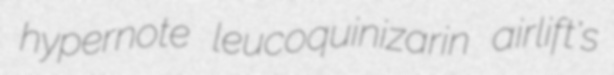
hypernote leucoquinizarin airlift's